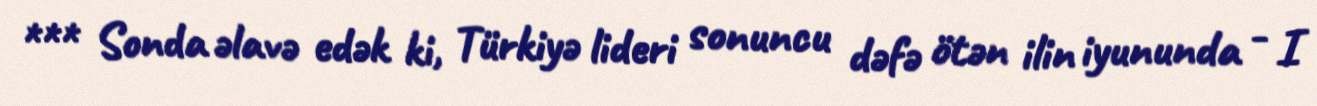
*** Sonda əlavə edək ki, Türkiyə lideri sonuncu dəfə ötən ilin iyununda - I